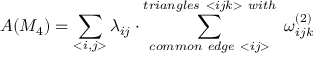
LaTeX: A ( M _ { 4 } ) = \sum _ { < i , j > } \lambda _ { i j } \cdot \sum _ { c o m m o n ~ e d g e ~ < i j > } ^ { t r i a n g l e s ~ < i j k > ~ w i t h } ~ \omega _ { i j k } ^ { ( 2 ) }